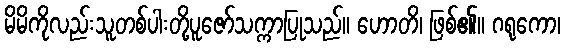
မိမိကိုလည်းသူတစ်ပါးတို့ပူဇော်သက္ကာပြုသည်။ ဟောတိ၊ ဖြစ်၏။ ဂရုကော၊